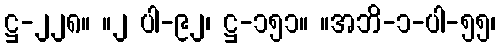
ဋ္ဌ-၂၂၈။ ။၂ ပါ-၉၂၊ ဋ္ဌ-၁၅၁။ ။အဘိ-၁-ပါ-၅၅၊